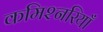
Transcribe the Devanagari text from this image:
कमिश्नरियाँ